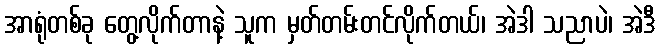
အာရုံတစ်ခု တွေ့လိုက်တာနဲ့ သူက မှတ်တမ်းတင်လိုက်တယ်၊ အဲဒါ သညာပဲ၊ အဲဒီ